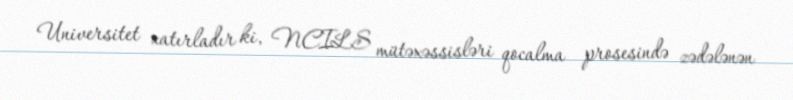
Universitet xatırladır ki, NCILS mütəxəssisləri qocalma prosesində zədələnən